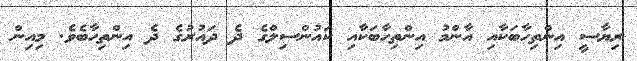
ރިޔާސީ އިންތިހާބަކާއި އާންމު އިންތިހާބަކާއި ކައުންސިލްގެ ދެ ދައުރުގެ ދެ އިންތިހާބެވެ. މިއިން